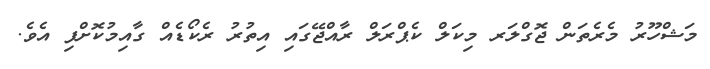
މަޝްހޫރު މެރެތަން ޖޮގްލަރ މިކަލް ކެޕްރަލް ރާއްޖޭގައި އިތުރު ރެކޯޑެއް ގާއިމުކޮށްފި އެވެ.